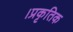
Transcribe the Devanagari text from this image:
।प्रकृतिक